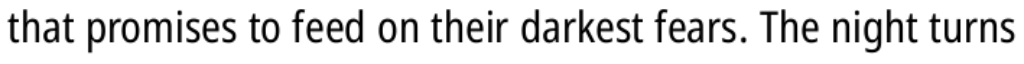
that promises to feed on their darkest fears. The night turns